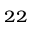
_ { 2 2 }